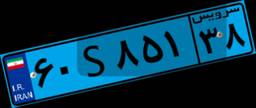
۲۰S۹۶۸۴۴